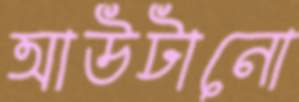
আউটানো